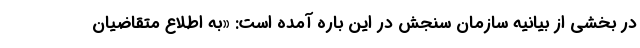
در بخشی از بیانیه سازمان سنجش در این باره آمده است: «به اطلاع متقاضیان